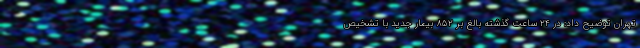
تهران توضیح داد: در ۲۴ ساعت گذشته بالغ بر ۸۵۲ بیمار جدید با تشخیص